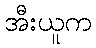
အီးယူက